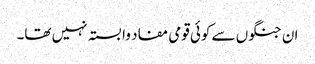
ان جنگوں سے کوئی قومی مفاد وابستہ نہیں تھا۔